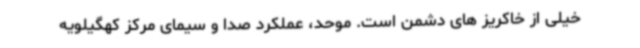
خیلی از خاکریز های دشمن است. موحد، عملکرد صدا و سیمای مرکز کهگیلویه